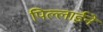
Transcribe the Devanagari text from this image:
पिल्लाईने